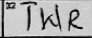
Transcription: TWR